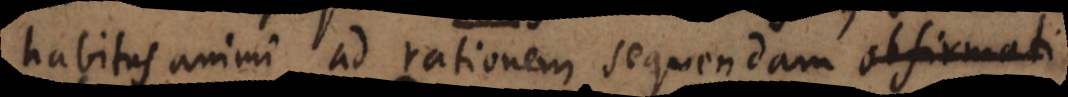
habitus animi ad rationem sequendam affect